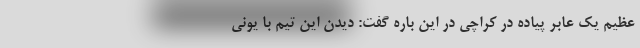
عظیم یک عابر پیاده در کراچی در این باره گفت: دیدن این تیم با یونی